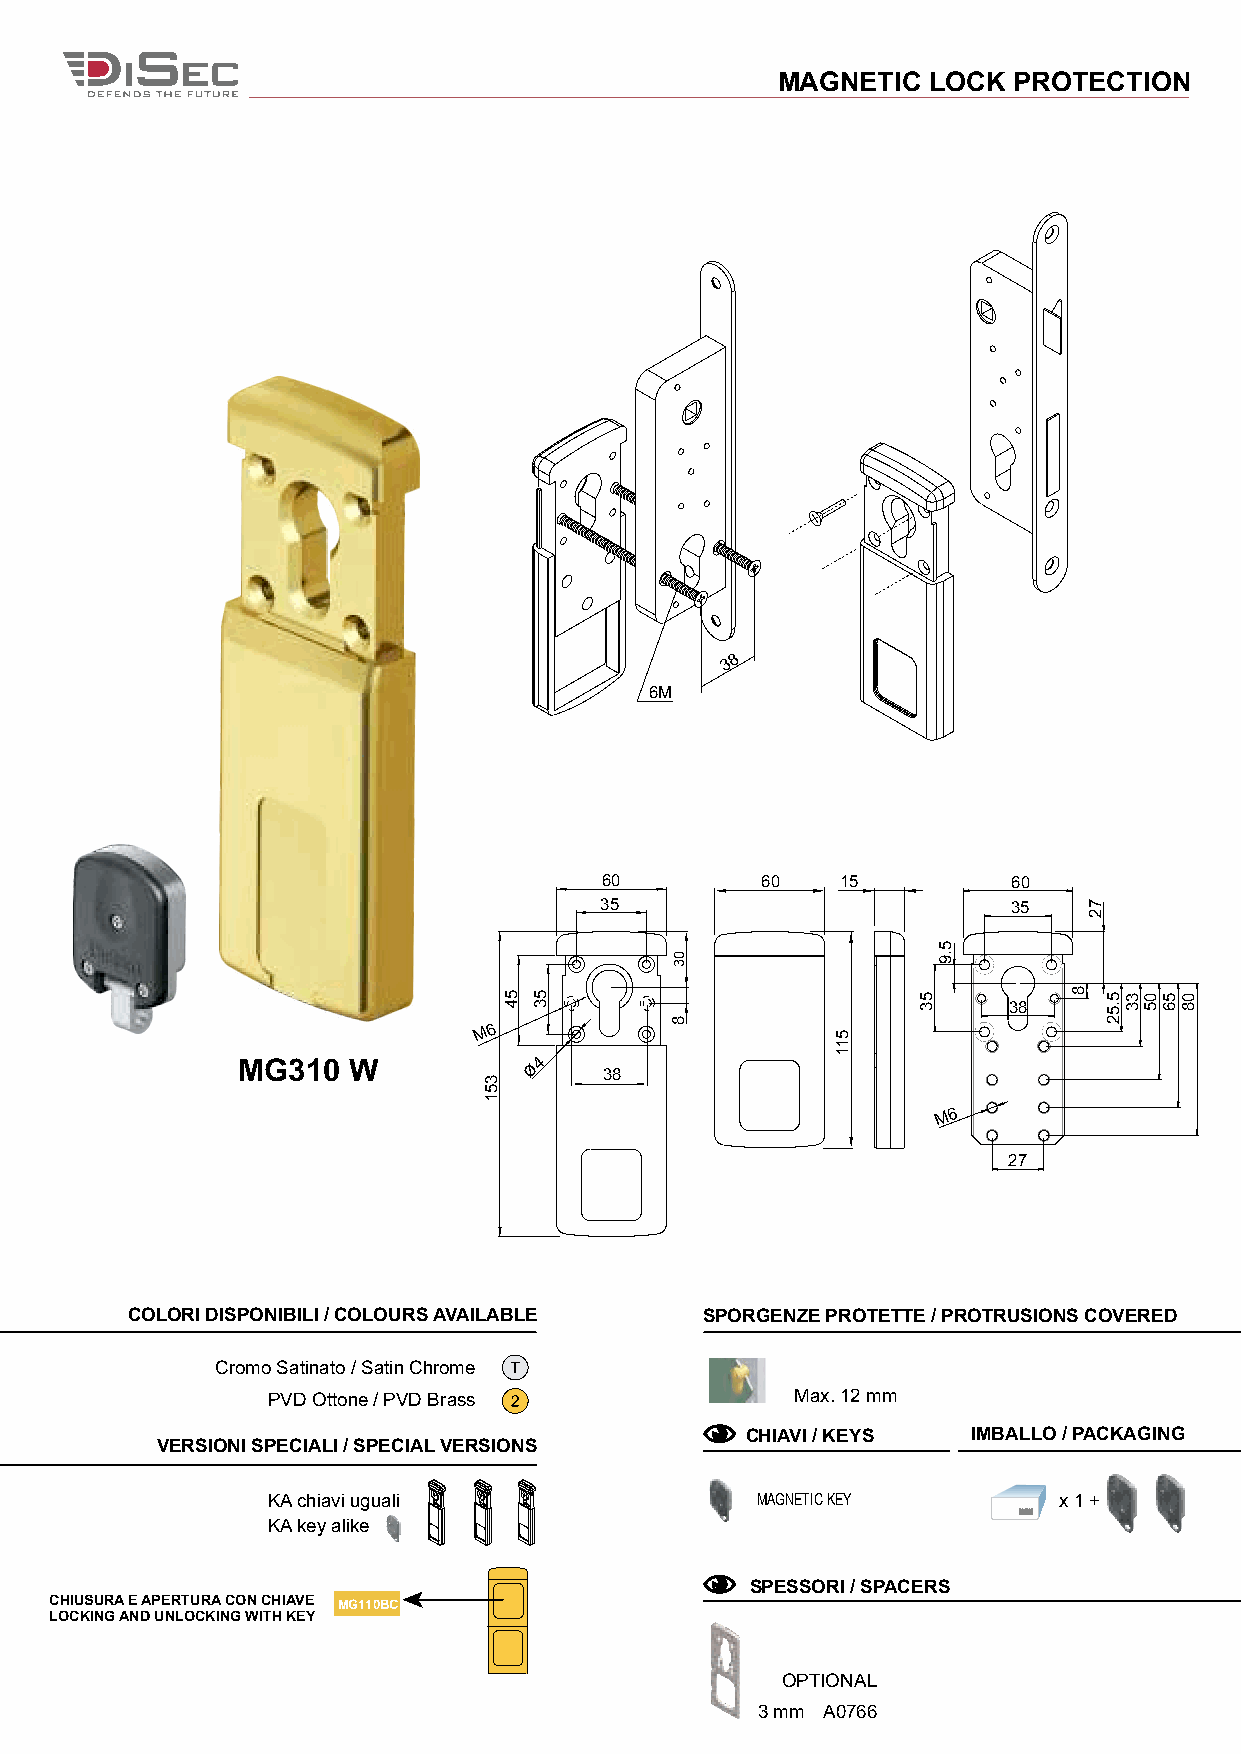
MAGNETIC   LOCK PROTECTION
 3 8
 6M
 60        60    15         60
 35                         35
 38
 M 6
 MG310  W           ø4
 38
 M6
 27
 COLORI DISPONIBILI / COLOURS AVAILABLE SPORGENZE PROTETTE / PROTRUSIONS COVERED
 Cromo Satinato / Satin Chrome
 PVD Ottone / PVD Brass             Max. 12 mm
 CHIAVI / KEYS  IMBALLO / PACKAGING
 VERSIONI SPECIALI / SPECIAL VERSIONS
 KA chiavi uguali                MAGNETIC KEY        x 1 +
 KA key alike
 SPESSORI / SPACERS
 CHIUSURA E APERTURA CON CHIAVE MG110BC
 LOCKING AND UNLOCKING WITH KEY
 OPTIONAL
 3 mm A0766
 351
 54 53
 03
 8          511
 53
 5.9
 8
 72
 5.52 33 05 56 08